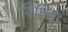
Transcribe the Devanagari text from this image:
विधितः